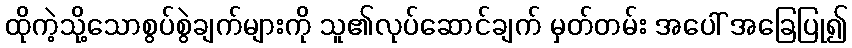
ထိုကဲ့သို့သောစွပ်စွဲချက်များကို သူ၏လုပ်ဆောင်ချက် မှတ်တမ်း အပေါ် အခြေပြု၍